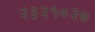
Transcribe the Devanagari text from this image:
२३२१०२७